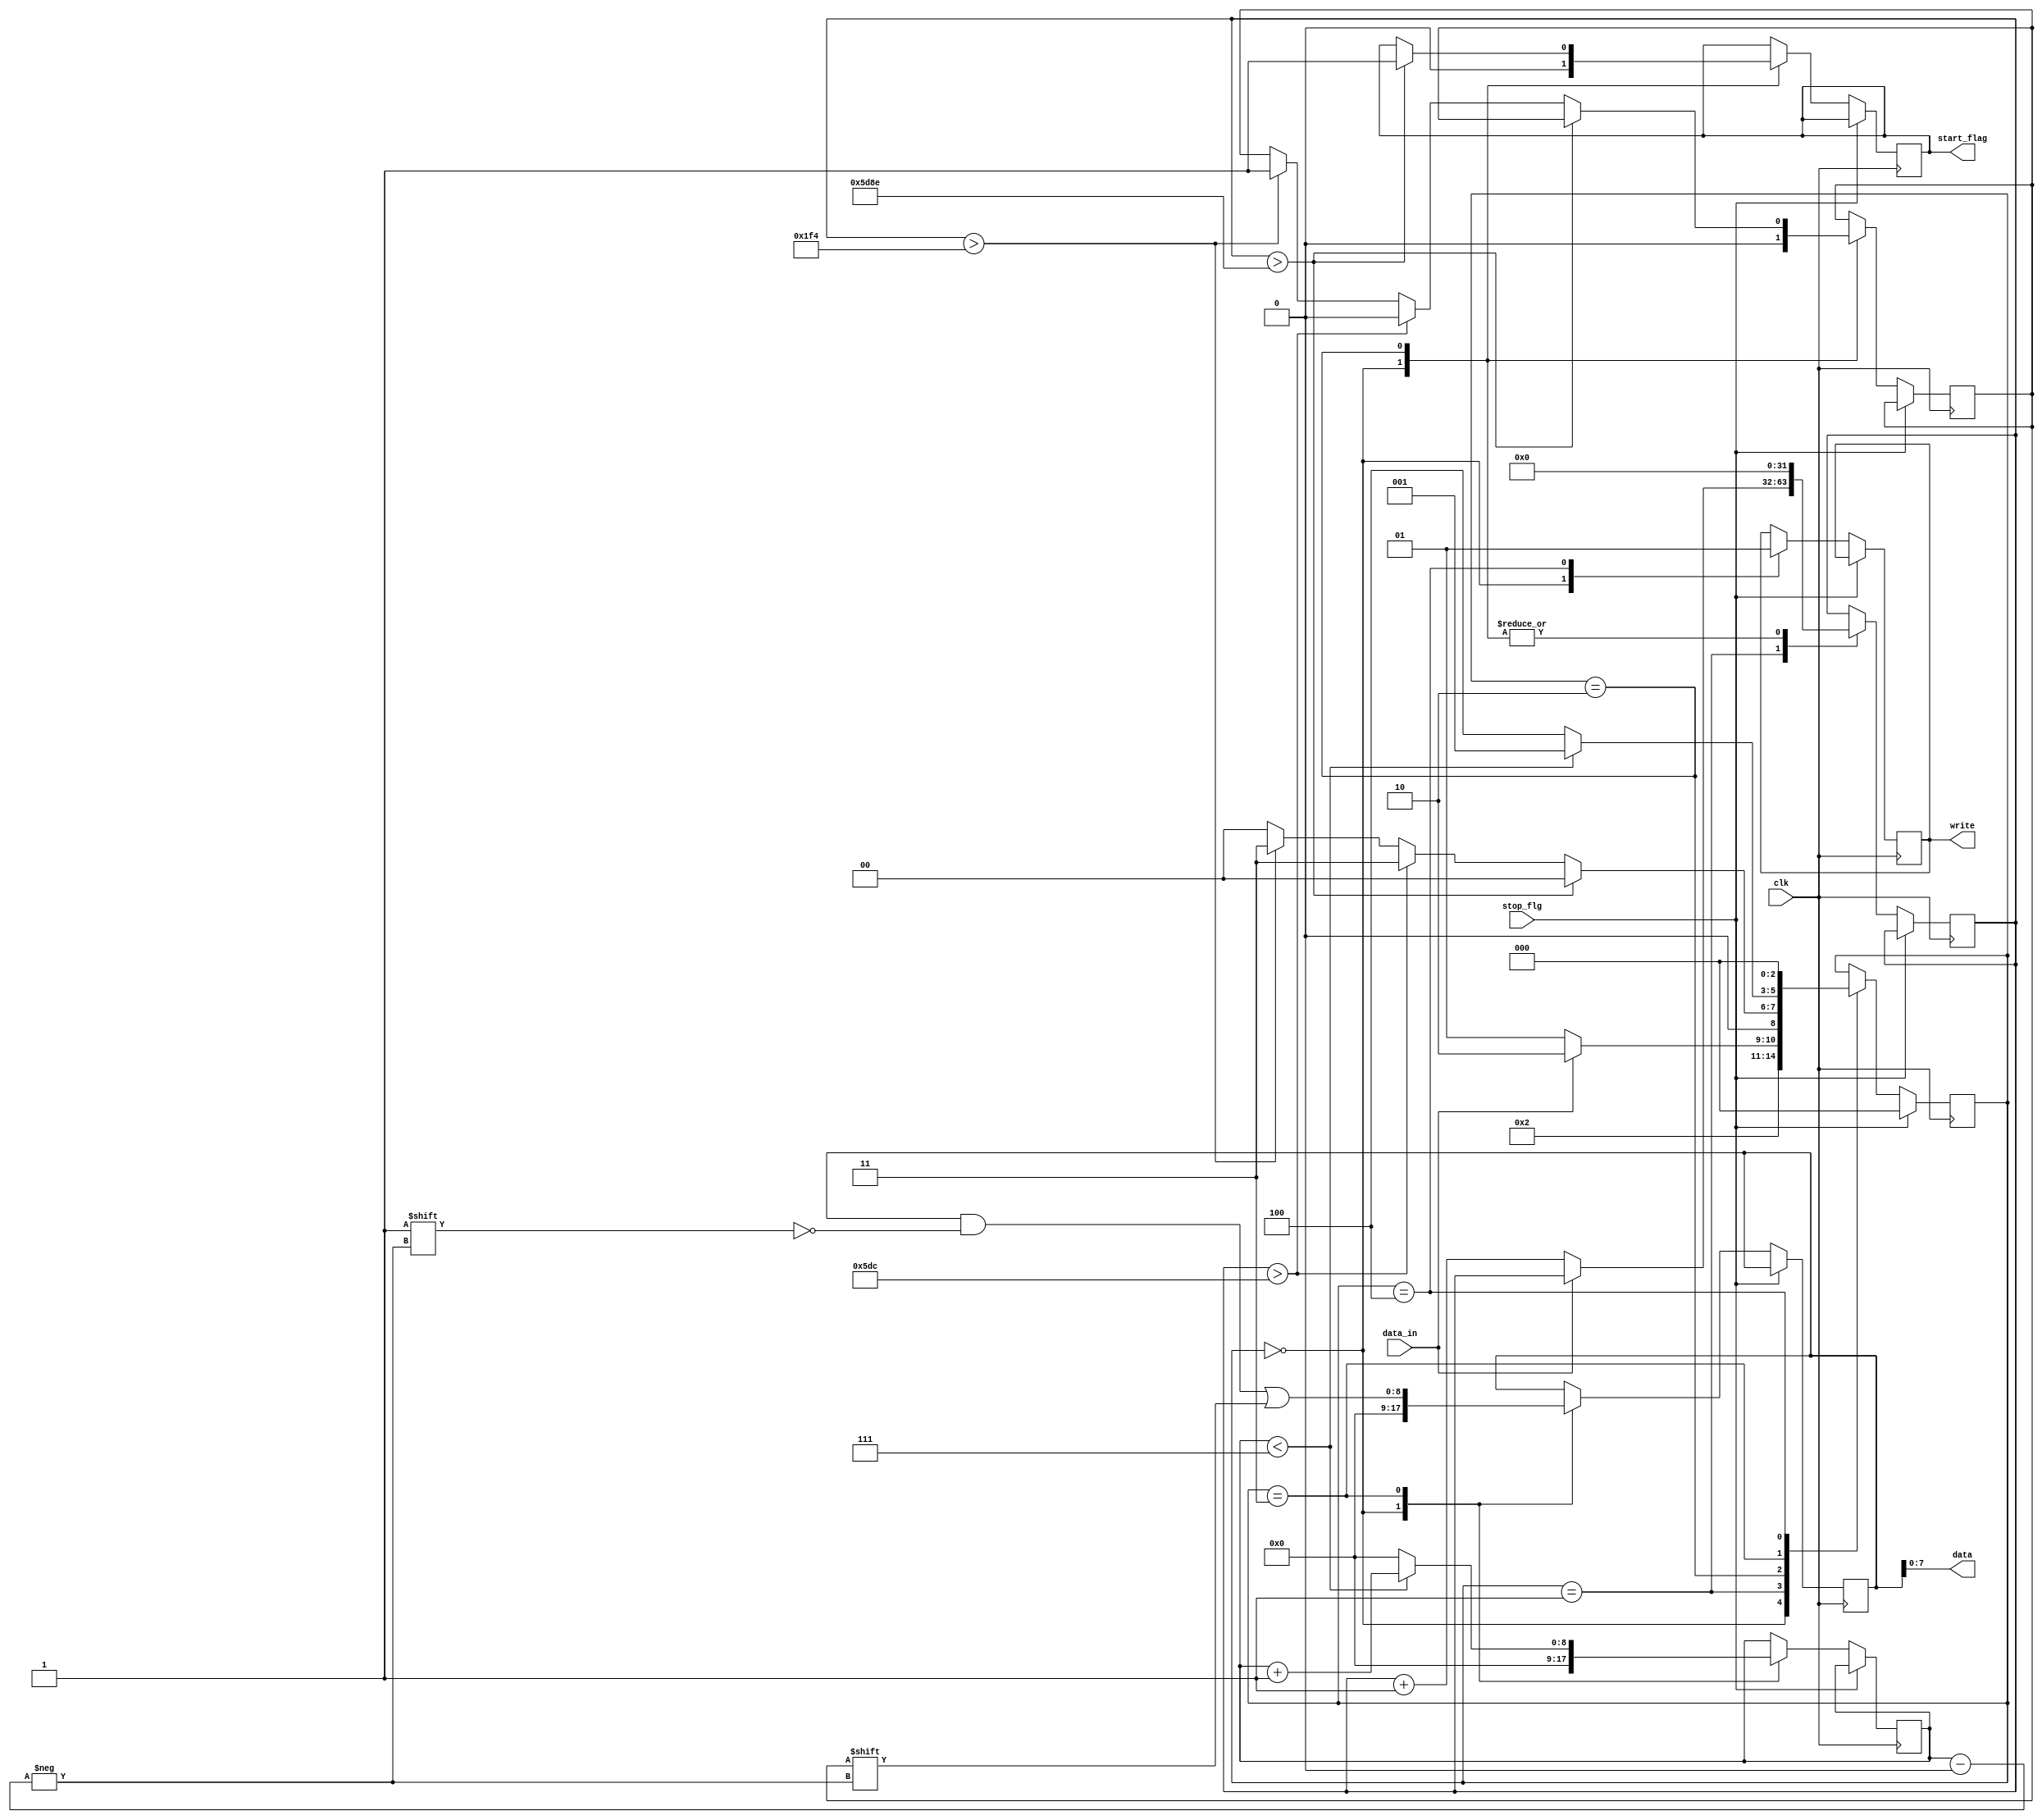
module ows_rd_interface (
	input clk,
	input data_in,
	input stop_flg,
    
    output start_flag,
    output [DATA_WIDTH-1:0] data,
    output write
	);
    
parameter DATA_WIDTH =8;

    reg [31:0]  counter =0;
    reg [DATA_WIDTH:0] bit_counter = 0;
    reg [DATA_WIDTH:0] bit_count = 0; 
    reg [DATA_WIDTH:0] r_data = 0;
    reg r_write = 0;
    reg data_bit = 0;
    reg r_start =  0;
   
reg [2:0]  state = 3'h00;
localparam IDLE          = 3'h0;
localparam DETECT_BIT    = 3'h1;
localparam DETECT_DATA   = 3'h2;
localparam FETCH_DATA    = 3'h3;
localparam WRITE         = 3'h4;


    always @(posedge clk) begin
        if (stop_flg) begin
             state<= IDLE;
        end	else begin
            case (state)
            IDLE : begin
                counter =0;
                bit_count = 0;
                r_data = 0;
                r_start = 0;
                r_write = 0;
                data_bit = 0;
                r_start =  0;
                
                state <= DETECT_BIT;
            end
        
            DETECT_BIT : begin
                if (!data_in) begin
                    counter <= counter + 1;
                    state <= DETECT_BIT;
                end else begin
                    state <= DETECT_DATA;
                end
            end
     
            DETECT_DATA : begin
                if (counter >23950) begin
                    state <= IDLE;
                    counter<= 0;
                    r_start <= 1'b1;
                end else if ( counter > 1500) begin
                    counter<= 0;
                    data_bit <= 1'b0;
                    state <= FETCH_DATA;
                end else if (counter >500) begin
                    counter<= 0;
                    data_bit <=1'b1;
                    state <=  FETCH_DATA;
                end else begin 
                    counter<= 0;
                    state <=IDLE;
                end
            end
     
            FETCH_DATA :  begin
                r_data[bit_count]  = data_bit;			
                if ( bit_count <7) begin
                    bit_count <= bit_count + 1;
                    state  <= DETECT_BIT ;
                end else begin 
                    bit_count <= 0;
                    state <= WRITE;
                end
            end
            
            WRITE : begin
                r_write <= 1'b1;
                state <= IDLE;
            end
        endcase 
    end
end 
assign write =r_write;
assign data =r_data;
assign start_flag = r_start;

endmodule